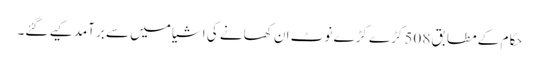
حکام کے مطابق 508 کڑے کڑے نوٹ ان کھانے کی اشیا میں سے برآمد کیے گئے۔